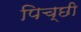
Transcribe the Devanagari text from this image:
पिच्छी